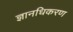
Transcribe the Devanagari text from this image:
ज्ञानधिकरण